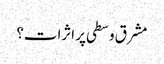
مشرق وسطی پر اثرات؟